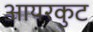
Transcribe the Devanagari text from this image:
आयरकुट